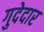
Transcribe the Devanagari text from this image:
गुदेदार